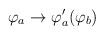
LaTeX: \begin{align*}\varphi_{a} \rightarrow \varphi^{\prime}_{a} (\varphi_{b})\end{align*}